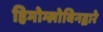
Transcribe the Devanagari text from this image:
हिमोग्लोबिनद्वारे